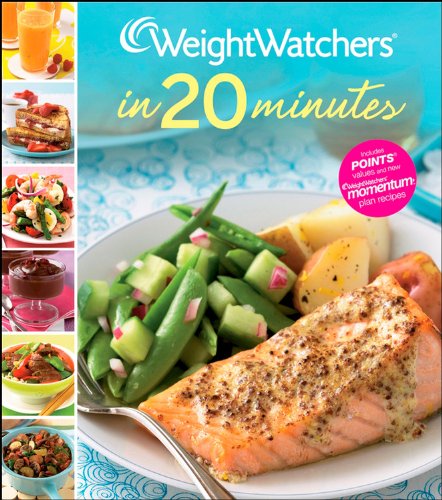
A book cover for Weight Watchers In 20 Minutes (Weight Watchers Cooking); Weight Watchers; Health, Fitness & Dieting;